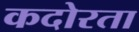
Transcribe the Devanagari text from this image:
कदोरता